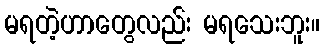
မရတဲ့ဟာတွေလည်း မရသေးဘူး။